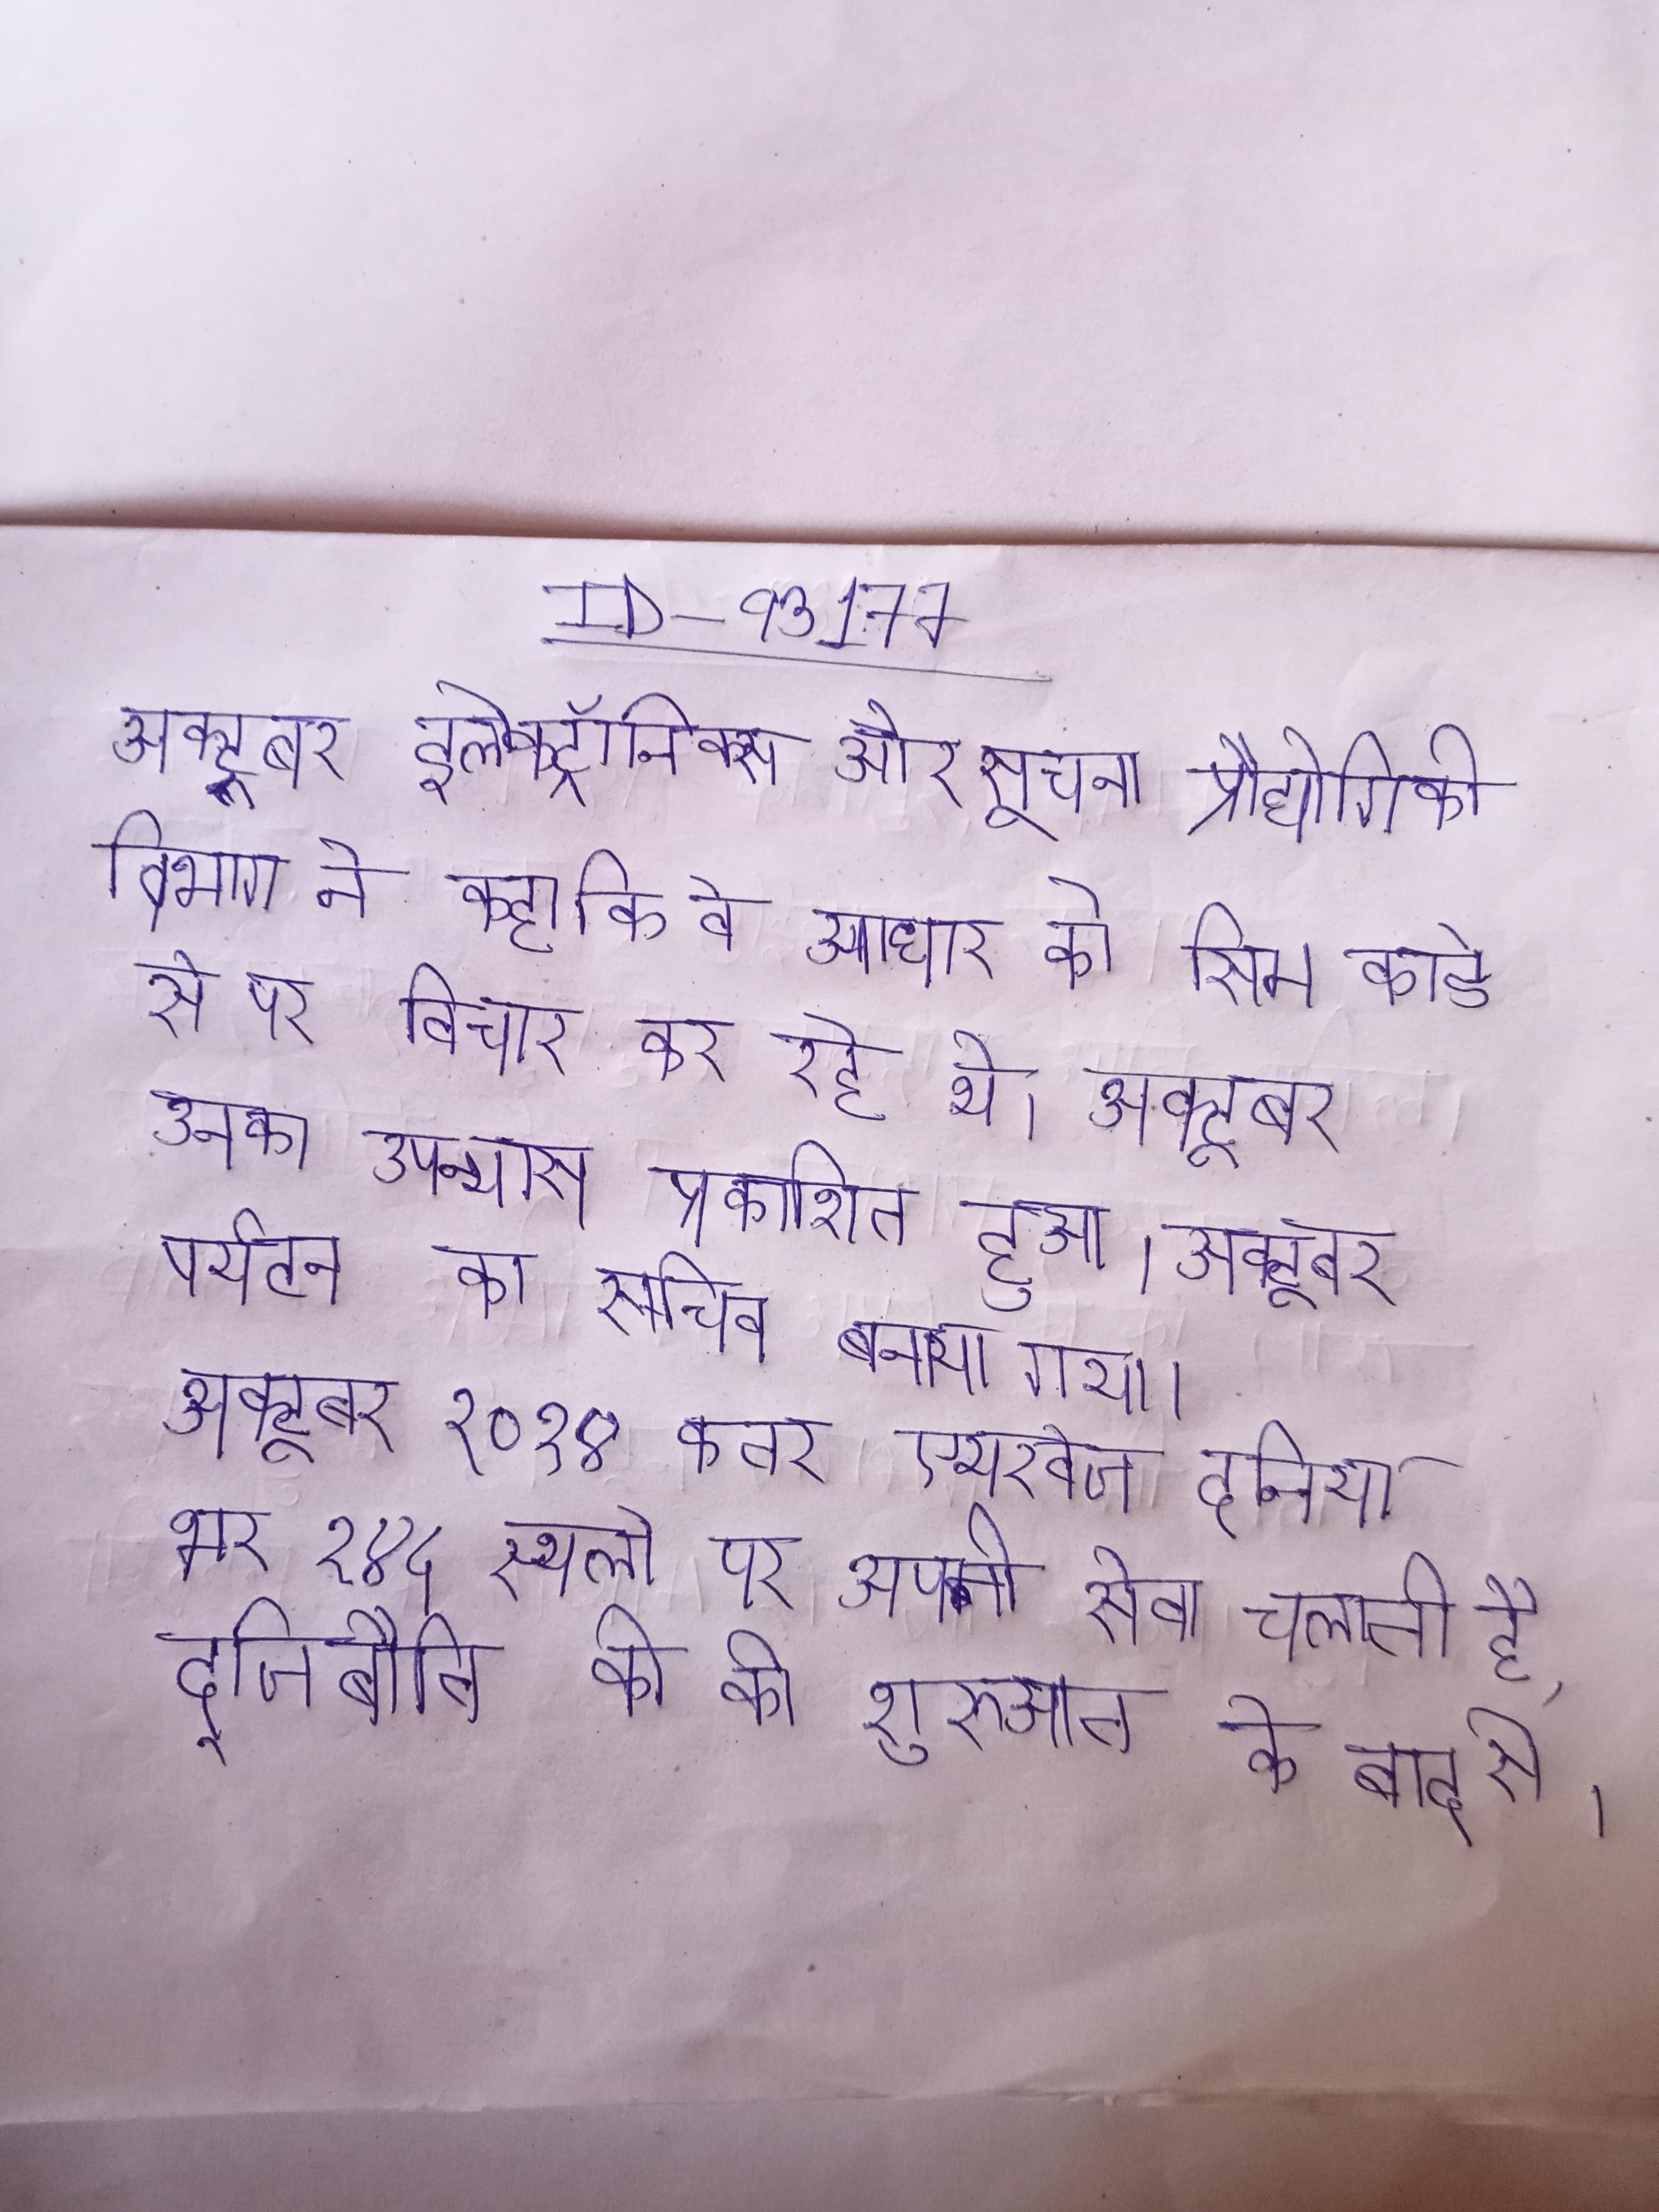
अक्टूबर इलेक्ट्रॉनिक्स और सूचना प्रौद्योगिकी विभाग ने कहा कि वे आधार को सिम कार्ड से पर विचार कर रहे थे । अक्टूबर उनका उपन्यास प्रकाशित हुआ । अक्टूबर पर्यटन का सचिव बनाया गया । अक्टूबर २०१४ कतर एयरवेज दुनिया भर १४५ स्थलो पर अपनी सेवा चलाती है, द्जिबौति की की शुरुआत के बाद से ।